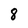
Character: 8